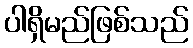
ပါရှိမည်ဖြစ်သည်